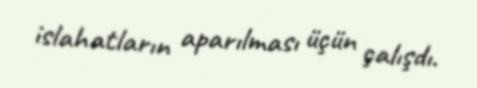
islahatların aparılması üçün çalışdı.